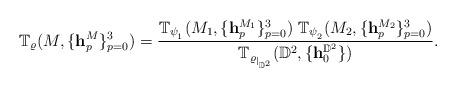
LaTeX: \begin{align*}\mathbb{T}_{\varrho}(M,\{\mathbf{h}_p^{M}\}_{p=0}^3)=\frac{\mathbb{T}_{{\psi_{_1}}}(M_1,\{\mathbf{h}_p^{M_1}\}_{p=0}^{3}) \;\mathbb{T}_{{\psi_{_2}}}(M_2,\{\mathbf{h}_p^{M_2}\}_{p=0}^{3})}{\mathbb{T}_{{\varrho_{|_{\mathbb{D}^2}}}}(\mathbb{D}^2,\{\mathbf{h}_0^{\mathbb{D}^2}\})}.\end{align*}